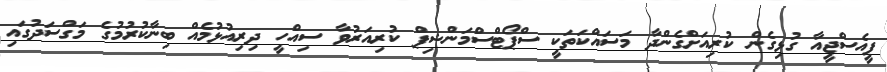
ޕީއެސްޖީއާ ގުޅިގެން ކުރިއަށްގެންދާ މަސައްކަތަކީ ސްޕޯޓްސްމަންޝިޕް ކުރިއަރުވާ ސިއްހީ ދިރިއުޅުމެއް ބިނާކުރުމުގެ މަގްސަދުގައި